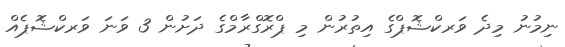
ނިމުނު މިދެ ވަރކްޝޮޕްގެ އިތުރުން މި ޕްރޮގްރާމްގެ ދަށުން 3 ވަނަ ވަރކްޝޮޕެއް